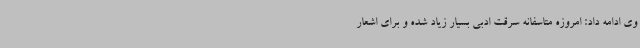
وی ادامه داد: امروزه متاسفانه سرقت ادبی بسیار زیاد شده و برای اشعار